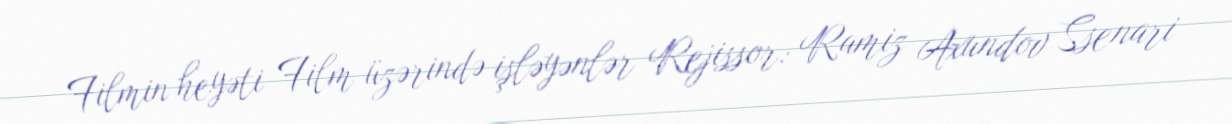
Filmin heyəti Film üzərində işləyənlər Rejissor: Ramiz Axundov Ssenari